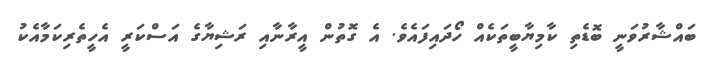
ބައްޝާރުވަނީ ބޮޑެތި ކާމިޔާބީތަކެއް ހޯދައިފައެވެ. އެ ގޮތުން އީރާނާއި ރަޝިޔާގެ އަސްކަރީ އެހީތެރިކަމާއެކު